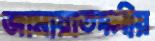
জামায়াতদলীয়